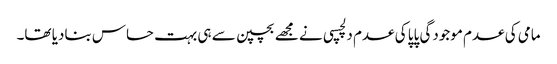
مامی کی عدم موجودگی پاپا کی عدم دلچسپی نے مجھے بچپن سے ہی بہت حساس بنادیا تھا۔